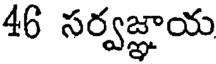
46 సర్వజ్ఞాయ